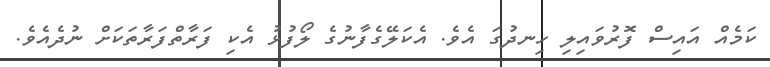
ކަމެއް އައިސް ފޮރުވައިލި ހިނދުގަ އެވެ. އެކަލޭގެފާނުގެ ލޯފުޅު އެކި ފަރާތްފަރާތަކަށް ނުދެއެވެ.